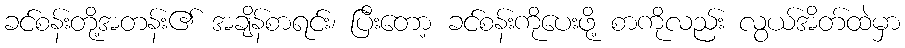
ခင်စန်းတို့အတန်း၏ အချိန်စာရင်း၊ ပြီးတော့ ခင်စန်းကိုပေးဖို့ စာကိုလည်း လွယ်အိတ်ထဲမှာ